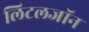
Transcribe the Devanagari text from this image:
लिटलजॉन